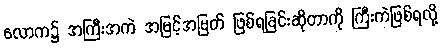
လောက၌ အကြီးအကဲ အမြင့်အမြတ် ဖြစ်ရခြင်းဆိုတာကို ကြီးကဲဖြစ်ရလို့